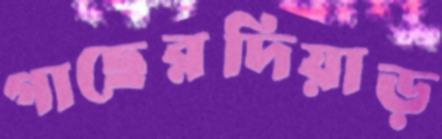
গাছেরদিয়াড়